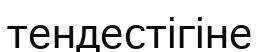
тендестігіне